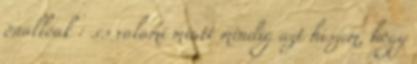
önállóak : .és valami miatt mindig azt hiszem, hogy